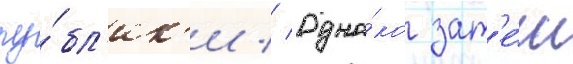
пу́бл'ик'и // Одна́ко зат'е́м